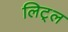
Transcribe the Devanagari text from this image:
लिट्‌ल